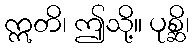
ဣတိ၊ ဤသို့။ ပုစ္ဆိ၊